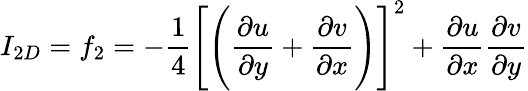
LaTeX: I_{2D}=f_{2}=-\frac{1}{4}\Bigg[\Bigg(\frac{\partial u}{\partial y}+\frac{\partial v}{\partial x}\Bigg)\Bigg]^{2}+\frac{\partial u}{\partial x}\frac{\partial v}{\partial y}